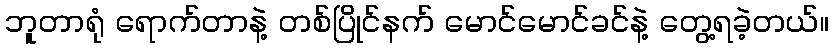
ဘူတာရုံ ရောက်တာနဲ့ တစ်ပြိုင်နက် မောင်မောင်ခင်နဲ့ တွေ့ရခဲ့တယ်။